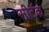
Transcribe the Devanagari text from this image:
सीटॅक